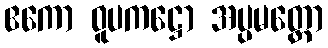
ဧကော ဝူပကဋ္ဌော အပ္ပမတ္တော